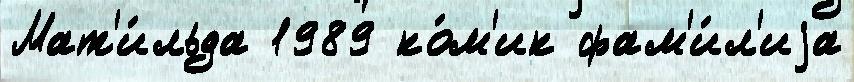
Мат'и́льда 1989 ко́м'ик фам'и́л'иjа